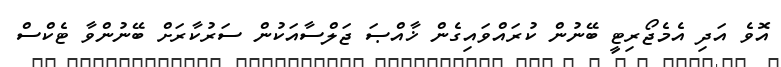
އޮވެ އަދި އެމެޖޯރިޓީ ބޭނުން ކުރައްވައިގެން ޚާއްޞަ ޖަލްސާއަކުން ސަރުކާރަށް ބޭނުންވާ ޓެކްސް